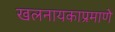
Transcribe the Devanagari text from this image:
खलनायकाप्रमाणे